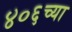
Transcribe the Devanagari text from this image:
४०६च्या